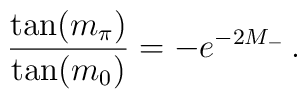
\frac{\tan(m_\pi)}{\tan(m_0)}=-e^{-2M_-}\,.